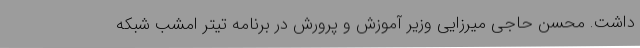
داشت. محسن حاجی میرزایی وزیر آموزش و پرورش در برنامه تیتر امشب شبکه